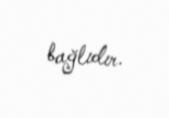
bağlıdır.